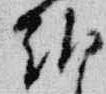
朝